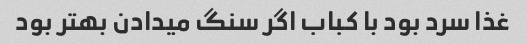
غذا سرد بود با کباب اگر سنگ میدادن بهتر بود